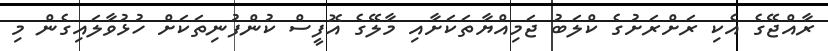
ރާއްޖޭގެ އެކި ރަށްރަށުގެ ކްލަބު ޖަމިއްޔާތަކަށާއި މާލޭގެ އޮފީސް ކުންފުނިތަކަށް ހުޅުވާލައިގެން މި